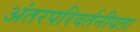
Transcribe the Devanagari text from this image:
अंतरपरिवर्तनीयता